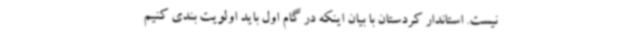
نیست. استاندار کردستان با بیان اینکه در گام اول باید اولویت بندی کنیم